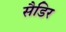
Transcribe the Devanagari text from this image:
सैडिर